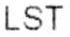
LST